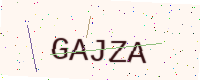
Text: GAJZA